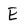
Character: E